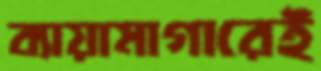
ব্যায়ামাগারেই